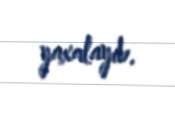
yaxalayıb.